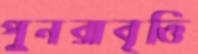
পুনরাবৃত্তি